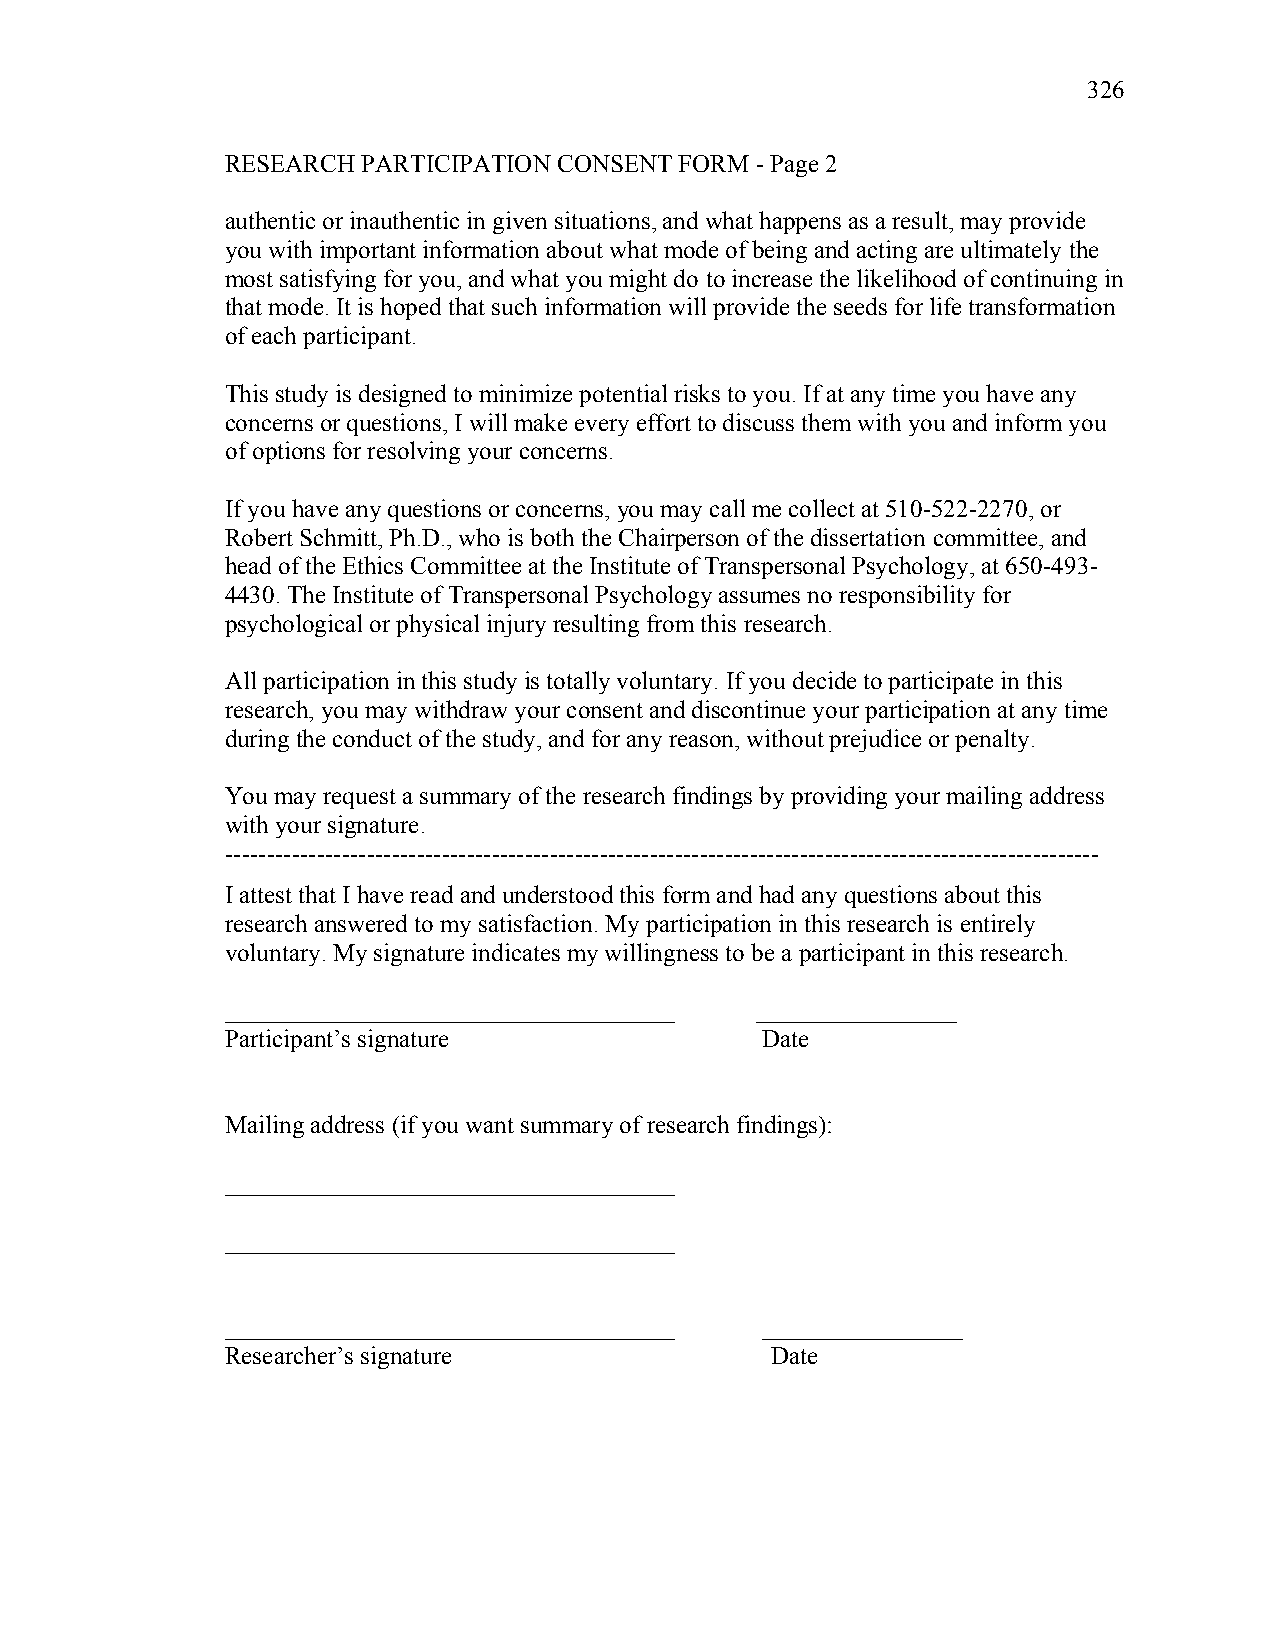
326
 RESEARCH PARTICIPATION CONSENT FORM - Page 2
 authentic or inauthentic in given situations, and what happens as a result, may provide
 you with important information about what mode of being and acting are ultimately the
 most satisfying for you, and what you might do to increase the likelihood of continuing in
 that mode. It is hoped that such information will provide the seeds for life transformation
 of each participant.
 This study is designed to minimize potential risks to you. If at any time you have any
 concerns or questions, I will make every effort to discuss them with you and inform you
 of options for resolving your concerns.
 If you have any questions or concerns, you may call me collect at 510-522-2270, or
 Robert Schmitt, Ph.D., who is both the Chairperson of the dissertation committee, and
 head of the Ethics Committee at the Institute of Transpersonal Psychology, at 650-493-
 4430. The Institute of Transpersonal Psychology assumes no responsibility for
 psychological or physical injury resulting from this research.
 All participation in this study is totally voluntary. If you decide to participate in this
 research, you may withdraw your consent and discontinue your participation at any time
 during the conduct of the study, and for any reason, without prejudice or penalty.
 You may request a summary of the research findings by providing your mailing address
 with your signature.
 ---------------------------------------------------------------------------------------------------------
 I attest that I have read and understood this form and had any questions about this
 research answered to my satisfaction. My participation in this research is entirely
 voluntary. My signature indicates my willingness to be a participant in this research.
 ____________________________________ ________________
 Participant’s signature            Date
 Mailing address (if you want summary of research findings):
 ____________________________________
 ____________________________________
 ____________________________________ ________________
 Researcher’s signature              Date